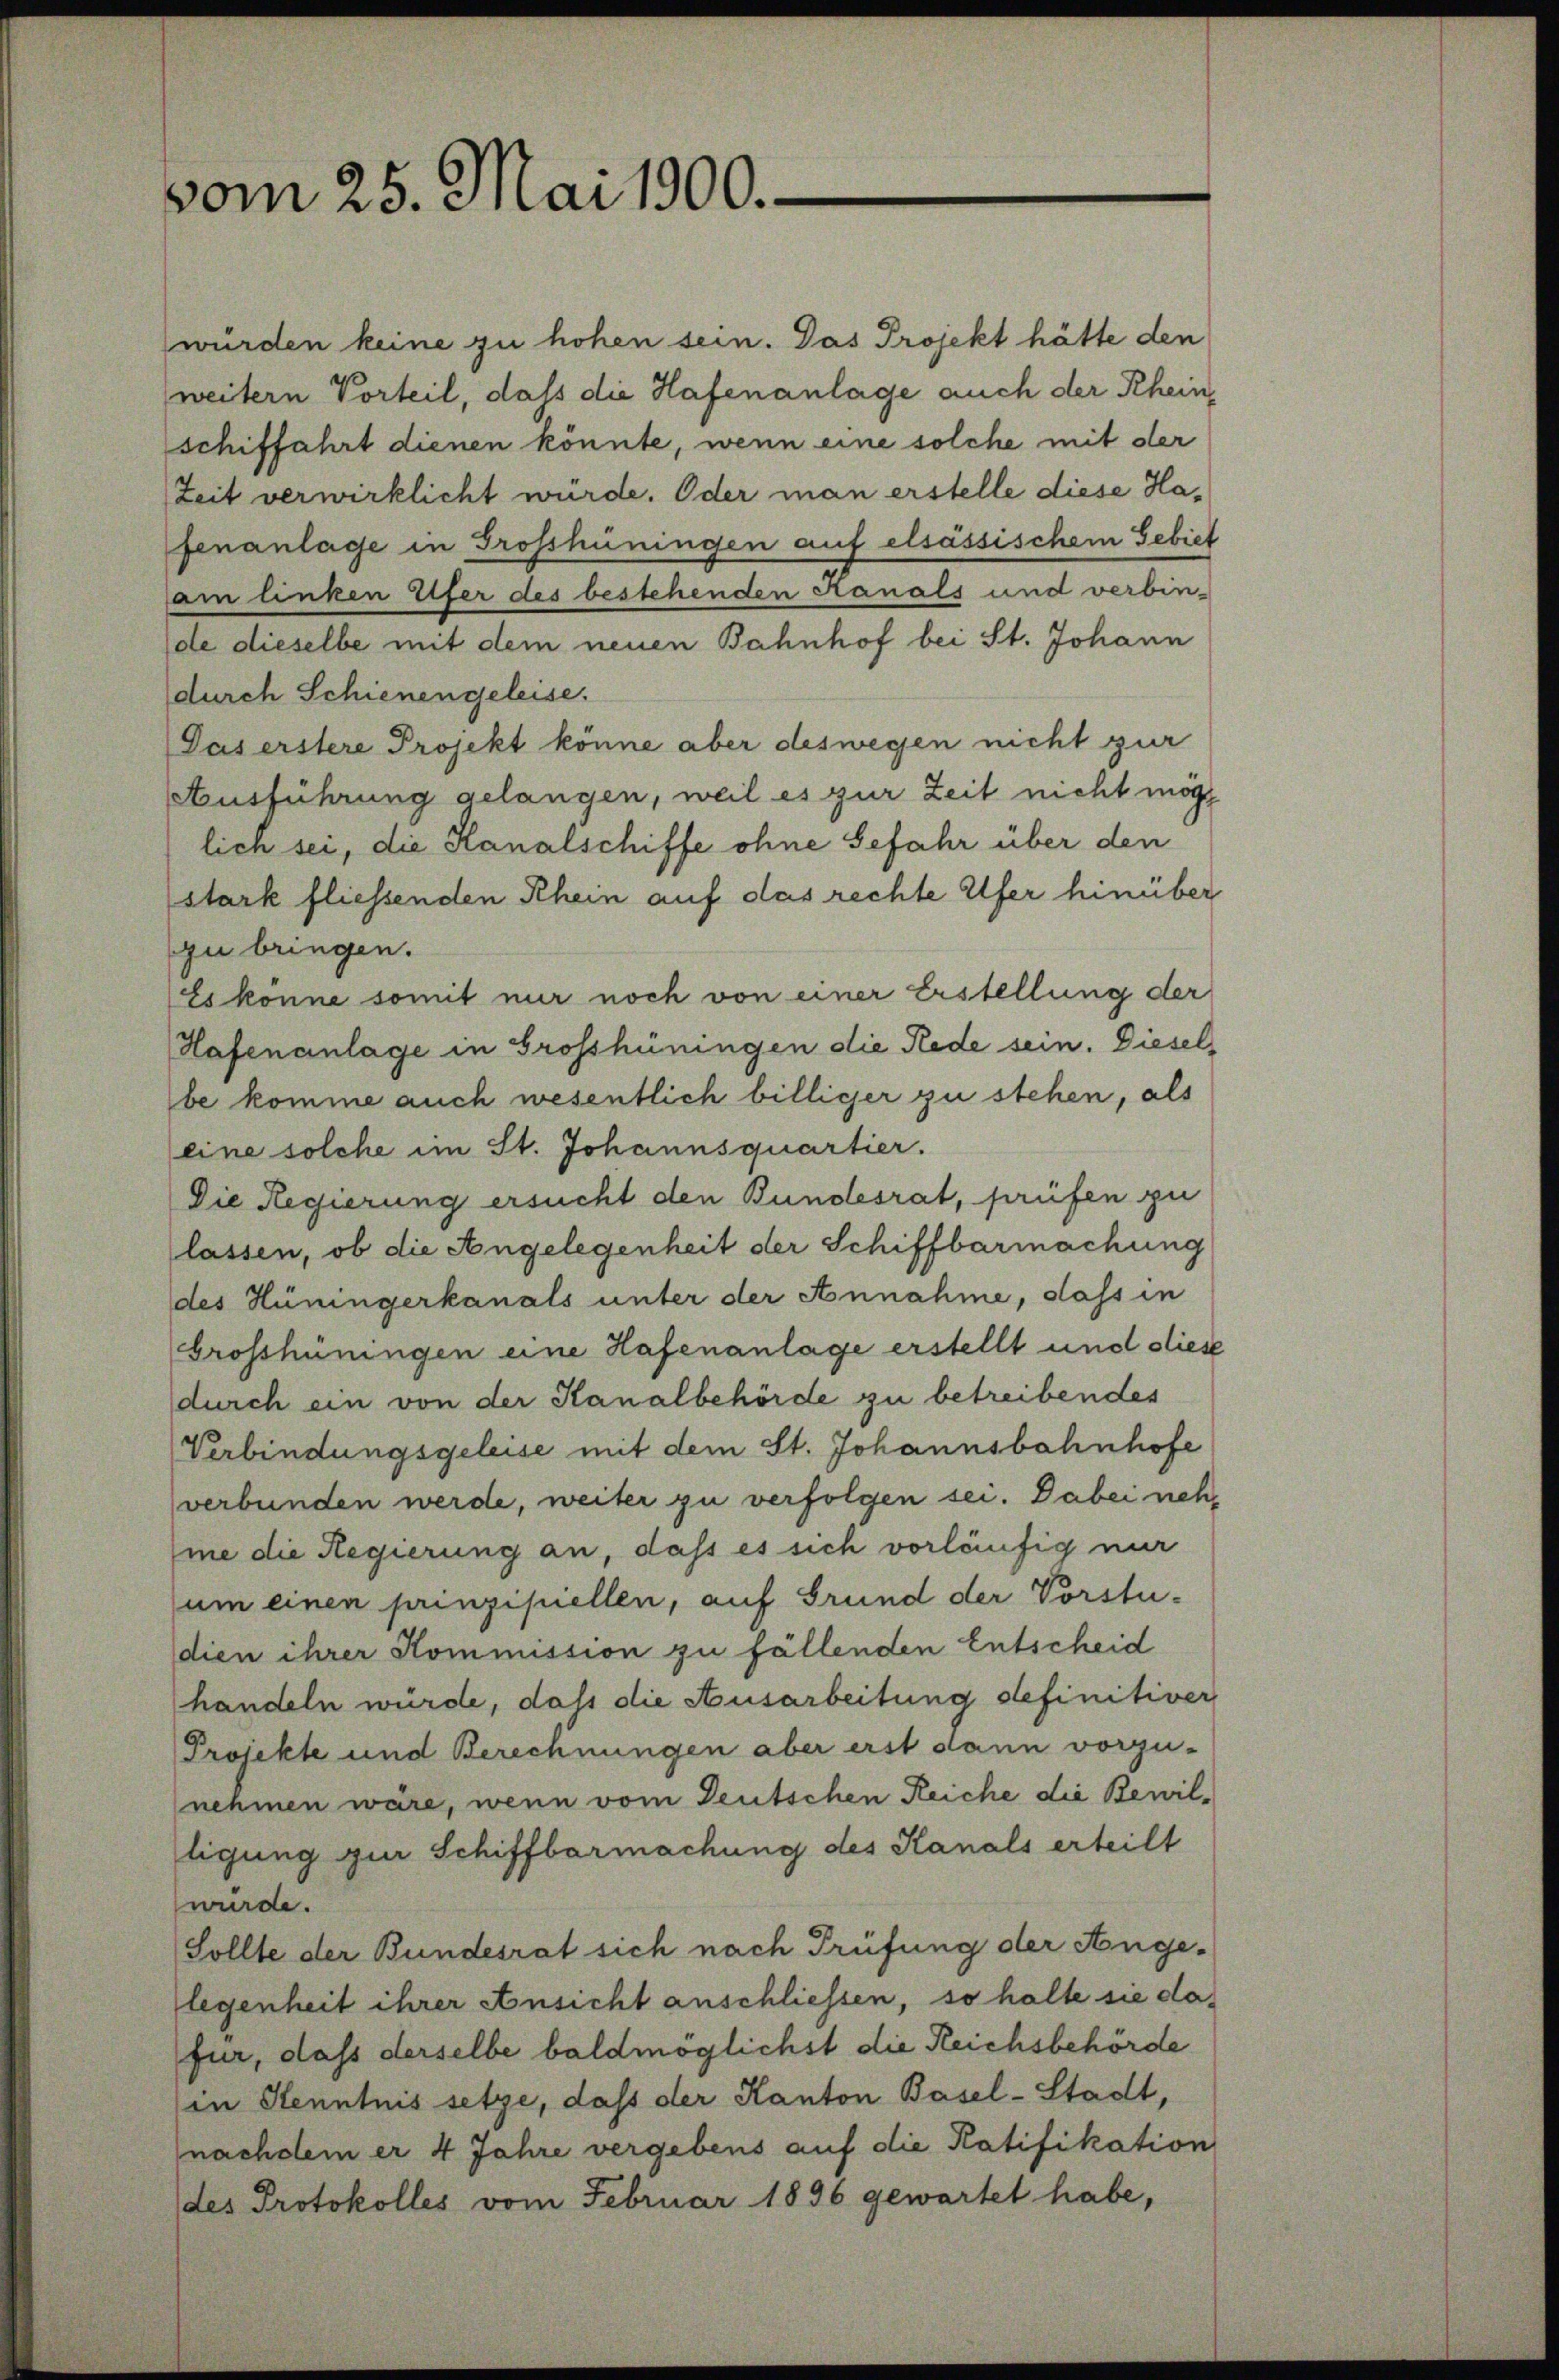
vom 25. Mai 1900.

würden keine zu hohen sein. Das Projekt hätte den
weitern Vorteil, dass die Hafenanlage auch der Rhein,
schiffahrt dienen könnte, wenn eine solche mit der
Zeit verwirklicht wurde. Oder man erstelle diese Hafenanlage in Grosshüningen auf elsassischem Gebiet
am linken Eifer des bestehenden Kanals und verbin-
de dieselbe mit dem neuen Bahnhof bei St. Johann
durch Schienengeleise.
Daserstere Projekt könne aber deswegen nicht zur
Ausführung gelangen, weil es zur Zeit nicht möge
lich sei, die Kanalschiffe ohne Gefahr über den
stark fliessenden Rhein auf das rechte Ufer hinüber
zu bringen.
Es könne somit nur noch von einer Erstellung der
Hafenanlage in Grosshüningen die Rede sein. Dieselbe komme auch wesentlich billiger zu stehen, als
eine solche im St. Johannsquartier.
Die Regierung ersucht den Bundesrat, prüfen zu
lassen, ob die Angelegenheit der Schiffbarmachung
des Hüningerkanals unter der Annahme, dass in
brosshüningen eine Hafenanlage erstellt und diese
durch ein von der Kanalbehörde zu betreibendes
Verbindungsgeleise mit dem St. Johannsbahnhofe
verbunden werde, weiter zu verfolgen sei. Dabei nehme die Regierung an, daß es sich vorläufig nur
um einen prinzipiellen, auf Grund der Vorstu-
dien ihrer Kommission zu fällenden Entscheid
handeln würde, daß die Ausarbeitung definitiver
Projekte und Berechnungen aber erst dann vorzu-
nehmen wäre, wenn vom Teutschen Reiche die Bewiltigung zur Schiffbarmachung des Kanals erteilt
wurde.
Sollte der Bundesrat sich nach Prüfung der Ange-
legenheit ihrer Ansicht anschliessen, so halte sie dafür, dass derselbe baldmöglichst die Reichsbehörde
in Kenntnis setze, daß der Kanton Basel-Stadt,
nachdem er 4 Jahre vergebens auf die Ratifikation
des Protokolles vom Februar 1896 gewartet habe,